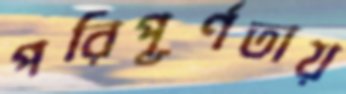
পরিপূর্ণতায়